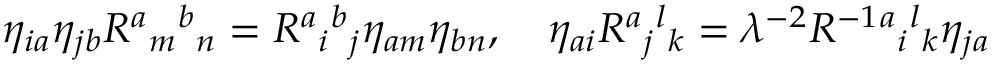
\eta _ { i a } \eta _ { j b } R ^ { a } { } _ { m } { } ^ { b } { } _ { n } = R ^ { a } { } _ { i } { } ^ { b } { } _ { j } \eta _ { a m } \eta _ { b n } , \quad \eta _ { a i } R ^ { a } { } _ { j } { } ^ { l } { } _ { k } = \lambda ^ { - 2 } R ^ { - 1 } { } ^ { a } { } _ { i } { } ^ { l } { } _ { k } \eta _ { j a }